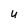
Character: U